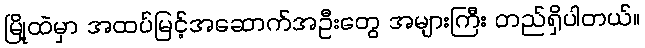
မြို့ထဲမှာ အထပ်မြင့်အဆောက်အဦးတွေ အများကြီး တည်ရှိပါတယ်။